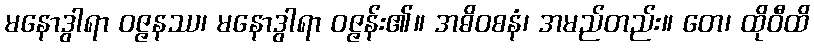
မနောဒွါရာ ဝဇ္ဇနဿ၊ မနောဒွါရာ ဝဇ္ဇန်း၏။ အဓိဝစနံ၊ အမည်တည်း။ တေ၊ ထိုဝီထိ